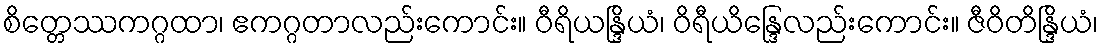
စိတ္တေဿကဂ္ဂထာ၊ ဧကဂ္ဂတာလည်းကောင်း။ ဝီရိယန္ဒြိယံ၊ ဝိရီယိန္ဒြေလည်းကောင်း။ ဇီဝိတိန္ဒြိယံ၊